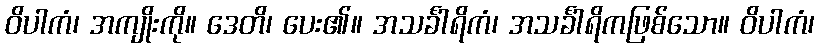
ဝိပါကံ၊ အကျိုးကို။ ဒေတိ၊ ပေး၏။ အသင်္ခါရိကံ၊ အသင်္ခါရိကဖြစ်သော။ ဝိပါကံ၊